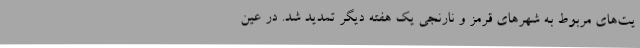
یت‌های مربوط به شهرهای قرمز و نارنجی یک هفته دیگر تمدید شد. در عین